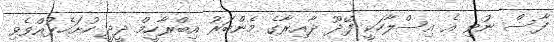
ފާސް ނުވި އެ އިސްލާހަކީ ފޭދޫ ދާއިރާގެ މެންބަރު އިބްރާހީމް ދީދީ ހުށަހެޅުއްވެވި